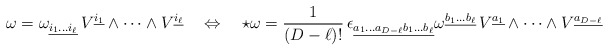
\begin{align*}\omega= \omega_{\underline{i_1\dots i_\ell}} \, V^{\underline{i_1}} \wedge \dots \wedge V^{\underline{i_\ell}} \quad \Leftrightarrow \quad \star \omega = \frac{1}{(D-\ell)!} \, \epsilon_{\underline{a_1 \dots a_{D-\ell} b_1 \dots b_\ell}} \omega^{\underline{b_1\dots b_\ell}} \, V^{\underline{a_1}} \wedge \dots \wedge V^{\underline{a_{D-\ell}}}\end{align*}